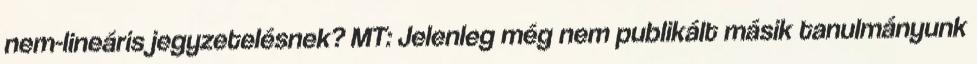
nem-lineáris jegyzetelésnek? MT: Jelenleg még nem publikált másik tanulmányunk